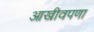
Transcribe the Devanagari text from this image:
आखीवपणा